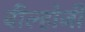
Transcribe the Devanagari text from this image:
वील्होजी